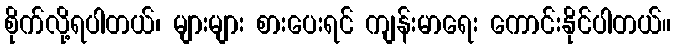
စိုက်လို့ရပါတယ်၊ များများ စားပေးရင် ကျန်းမာရေး ကောင်းနိုင်ပါတယ်။